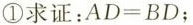
①求证：$$A D = B D$$；